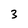
Character: 3